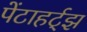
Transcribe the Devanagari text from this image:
पेंटाहर्ट्‌झ